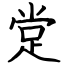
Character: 䟫